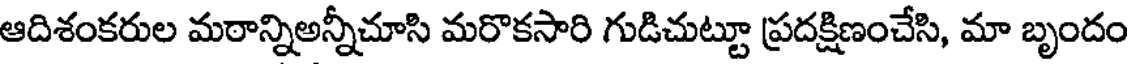
ఆదిశంకరుల మఠాన్నిఅన్నీచూసి మరొకసారి గుడిచుట్టూ ప్రదక్షిణంచేసి, మా బృందం